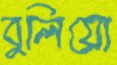
বুলিয়ো